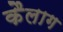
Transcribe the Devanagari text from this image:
कैलाग